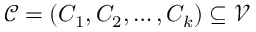
\mathcal { C } = ( C _ { 1 } , C _ { 2 } , \ldots , C _ { k } ) \subseteq \mathcal { V }